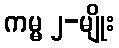
ကမ္မ ၂-မျိုး